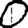
Digit: 0